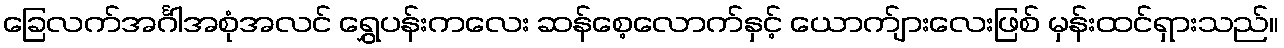
ခြေလက်အင်္ဂါအစုံအလင် ရွှေပန်းကလေး ဆန်စေ့လောက်နှင့် ယောက်ျားလေးဖြစ် မှန်းထင်ရှားသည်။